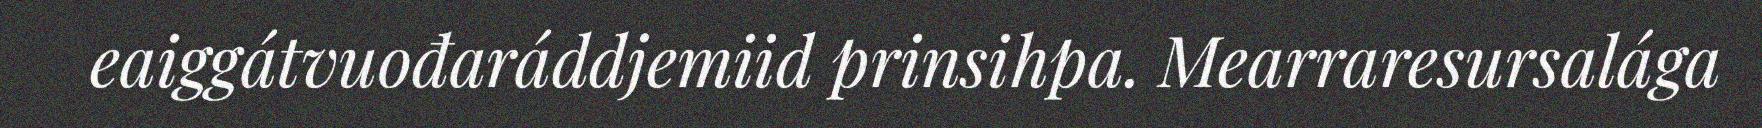
eaiggátvuođaráddjemiid prinsihpa. Mearraresursalága